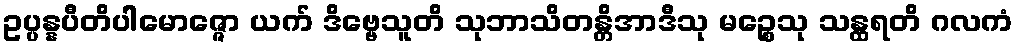
ဥပ္ပန္နပီတိပါမောဇ္ဇော ယက် ဒိဗ္ဗေသူတိ သုဘာသိတန္တိအာဒီသု မဉ္စေသု သန္ထရတိ ဂလကံ